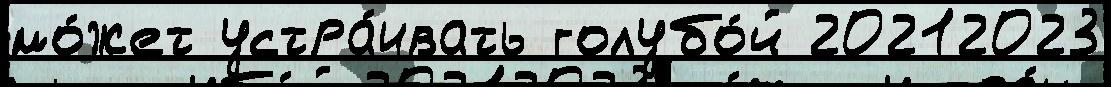
мо́жет устра́ивать голубо́й 20212023